Bulletin of the Pasteur Institute of Southern India, Coonoor - No. 1.
Year: 1908
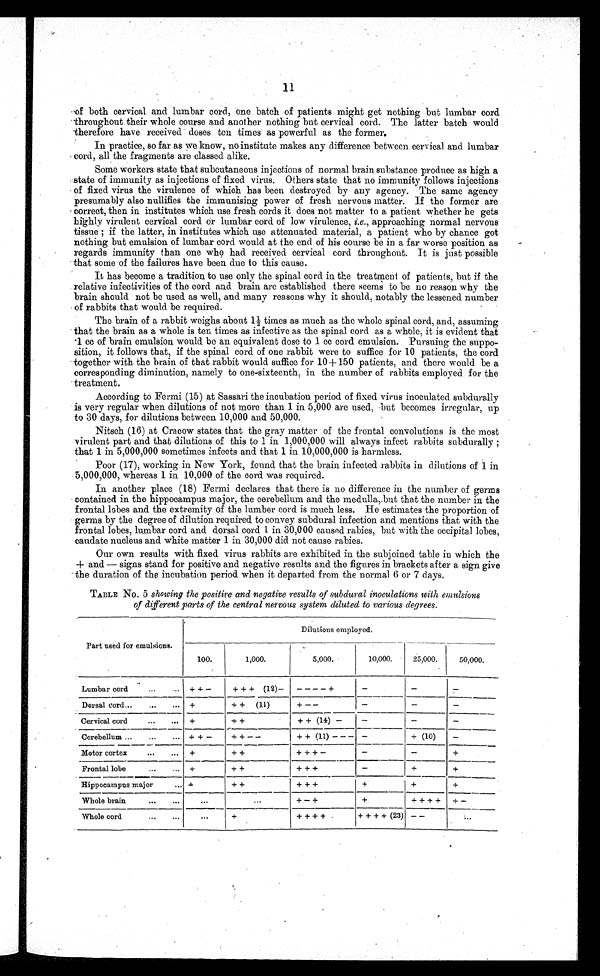
11
f both cervical and lumbar cord, one batch of patients might get nothing but lumbar cord.
-throughout their whole course and another nothing but cervical cord. The latter batch would
therefore have received doses ten times as powerful as the former.
In practice, so far as we know, no institute makes any difference between cervical and lumbar
cord, all the fragments are classed alike.
Some workers state that subcutaneous injections of normal brain substance produce as high a
state of immunity as injections of fixed -virus. Others state that no immunity follows injections
of fixed virus the virulence of which has been destroyed. by any agency. The same agency
'presumably also nullifies the immunising power of fresh nervous matter. If the former are
correct, then in institutes which use fresh cords it does not matter to a patient whether he gets
highly virulent cervical cord or lumbar cord of low virulence, i.e., approaching normal nervous
tissue ; if the latter, in institutes which use attenuated material, a patient who by chance got
nothing but emulsion of lumbar cord would at the end of his course be in a far worse position as
regards immunity than one who had received cervical cord throughout. It is just possible
tha some of the failures have been due to this cause.
It has become a tradition to use only the spinal cord in the treatment of patients, but if the
relative infectivities of the cord and brain are established there seems to be no reason why the
brain should not be used. as well, and many reasons why it should, notably the lessened number
of rabbits that would be required.
The brain of a rabbit weighs about 1½ times as much as the whole spinal cord, and, assuming
that the brain as a whole is ten times as infective as the spinal cord as a whole, it is evident that
-1 cc of brain emulsion would be an equivalent dose to 1 cc cord emulsion. Pursuing the suppo-
sition, it follows that, if the spinal cord of one rabbit were to suffice for 10 patients, the cord
t o g e t h e r w i t h . t h e b r a i n o f t h a t r a b b i t w o u l d s u ff
i c e f o r 1 0 + 1 5 0 p a t i e n t s , a n d t h e r e w o u l d b e a
corresponding diminution, namely to one-sixteenth, in the number of rabbits employed for the
treatment.
According to Fermi (15) at Sassari the incubation period of fixed virus inoculated subdurally
is very regular when dilutions of not more than 1 in 5,000 are used, but becomes irregular, up
to 30 days, for dilutions between 10,000 and 50,000.
Nitsch (16) at Cracow states that the gray matter of the frontal convolutions is the most
virulent part and that dilutions of this to 1 in 1,000,000 will always infect rabbits subdurally ;
that 1 in 5,000,000 sometimes infects and that 1 in 10,000,000 is harmless.
Poor (17), working in New York, found that the brain infected rabbits in dilutions of 1 in
5,000,000, whereas 1 in 10,000 of the cord was required.
In another place (18) Fermi declares that there is no difference in the number of germs
contained in the hippocampus major, the cerebellum and the medulla,.but that the number in the
frontal lobes and the extremity of the lumber cord is much less. He estimates the proportion of
germs by the degree of dilution required to convey subdural infection and mentions that with the
frontal lobes, lumbar cord and dorsal cord 1 in 30,000 caused rabies, but with the occipital lobes;
caudate nucleus and white matter 1 in 30,000 did not cause rabies.
Our own results with fixed virus rabbits are exhibited in the subjoined table in which the
+ and — signs stand for positive and negative results and the figures in brackets after a sign give
the duration of the incubation period when it departed from the normal 6 or 7 days.
TABLE No. 5 showing the positive and negative results of subdural inoculations with emulsions
of diff erent parts of the central nervous system diluted to various degrees.
Part used for emulsions.
Dilutions employed.
100.
1,000.
5,000.
10,000.
25,000.
50,000.
Lumbar cord
+++ (12)—
— — — — +
—
—
Dorsal cord... +
+ +
(11)
+ — —
—
—
Cervical cord
+ +
+ + (14) —
—
—
—
Cerebellum ...
...
... + + —
+ + — —
+ + (11) — — — —
+ (10)
Motor cortex
+ +
+ + + —
—
—
+
Frontal lobe
+ +
+ + +
—
+
+
Hippocampus major
+ +
+ + +
+
+
+
Whole brain
•••
•••
...
..
+—+
+
++++
+ —
..
Whole cord.
...
...
+
+ + + + .
+ + + + (23) — --